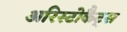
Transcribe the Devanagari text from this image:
अरिस्टोकैट्स